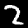
Label: 2